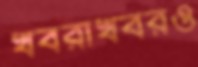
খবরাখবরও